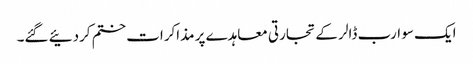
ایک سو ارب ڈالر کے تجارتی معاہدے پر مذاکرات ختم کردئیے گئے۔